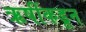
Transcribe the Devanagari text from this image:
ऋषींकडून